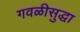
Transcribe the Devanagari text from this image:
गवळीसुद्धा